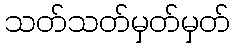
သတ်သတ်မှတ်မှတ်